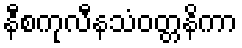
နီစကုလီနသံဝတ္တနိကာ